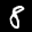
Label: 8